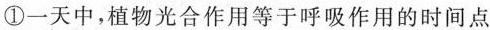
①一天中，植物光合作用等于呼吸作用的时间点